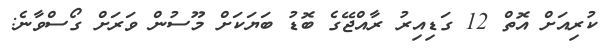
ކުރިއަށް އޮތް 12 ގަޑިއިރު ރާއްޖޭގެ ބޮޑު ބަޔަކަށް މޫސުން ވަރަށް ގޯސްވާނެ: